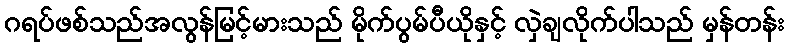
ဂရပ်ဖစ်သည်အလွန်မြင့်မားသည် မိုက်ပွမ်ပီယိုနှင့် လှဲချလိုက်ပါသည် မှန်တန်း